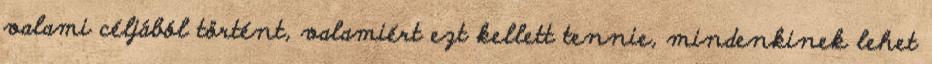
valami céljából történt, valamiért ezt kellett tennie, mindenkinek lehet